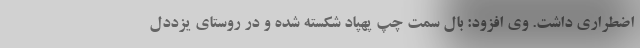
اضطراری داشت. وی افزود: بال سمت چپ پهپاد شکسته شده و در روستای یزددل